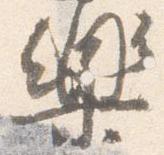
楽